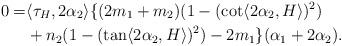
LaTeX: \begin{align*}0=&\langle \tau_{H}, 2\alpha_{2} \rangle\{(2m_{1}+m_{2})(1-(\cot \langle 2\alpha_{2}, H\rangle )^{2})\\&+n_{2}(1-(\tan \langle 2\alpha_{2}, H\rangle )^{2})-2m_{1}\}(\alpha_{1}+2\alpha_{2}).\end{align*}